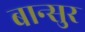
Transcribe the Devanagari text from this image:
बान्सुर